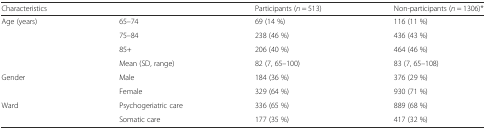
<table><thead><tr><td><b>Characteristics</b></td><td></td><td><b>Participants (<i>n</i> = 513)</b></td><td><b>Non-participants (<i>n</i> = 1306)*</b></td></tr></thead><tbody><tr><td>Age (years)</td><td>65–74</td><td>69 (14 %)</td><td>116 (11 %)</td></tr><tr><td></td><td>75–84</td><td>238 (46 %)</td><td>436 (43 %)</td></tr><tr><td></td><td>85+</td><td>206 (40 %)</td><td>464 (46 %)</td></tr><tr><td></td><td>Mean (SD, range)</td><td>82 (7, 65–100)</td><td>83 (7, 65–108)</td></tr><tr><td>Gender</td><td>Male</td><td>184 (36 %)</td><td>376 (29 %)</td></tr><tr><td></td><td>Female</td><td>329 (64 %)</td><td>930 (71 %)</td></tr><tr><td>Ward</td><td>Psychogeriatric care</td><td>336 (65 %)</td><td>889 (68 %)</td></tr><tr><td></td><td>Somatic care</td><td>177 (35 %)</td><td>417 (32 %)</td></tr></tbody></table>